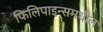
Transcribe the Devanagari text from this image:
फिलिपाइन्समधील